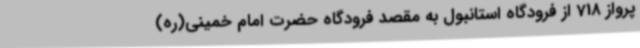
پرواز 718 از فرودگاه استانبول به مقصد فرودگاه حضرت امام خمینی(ره)